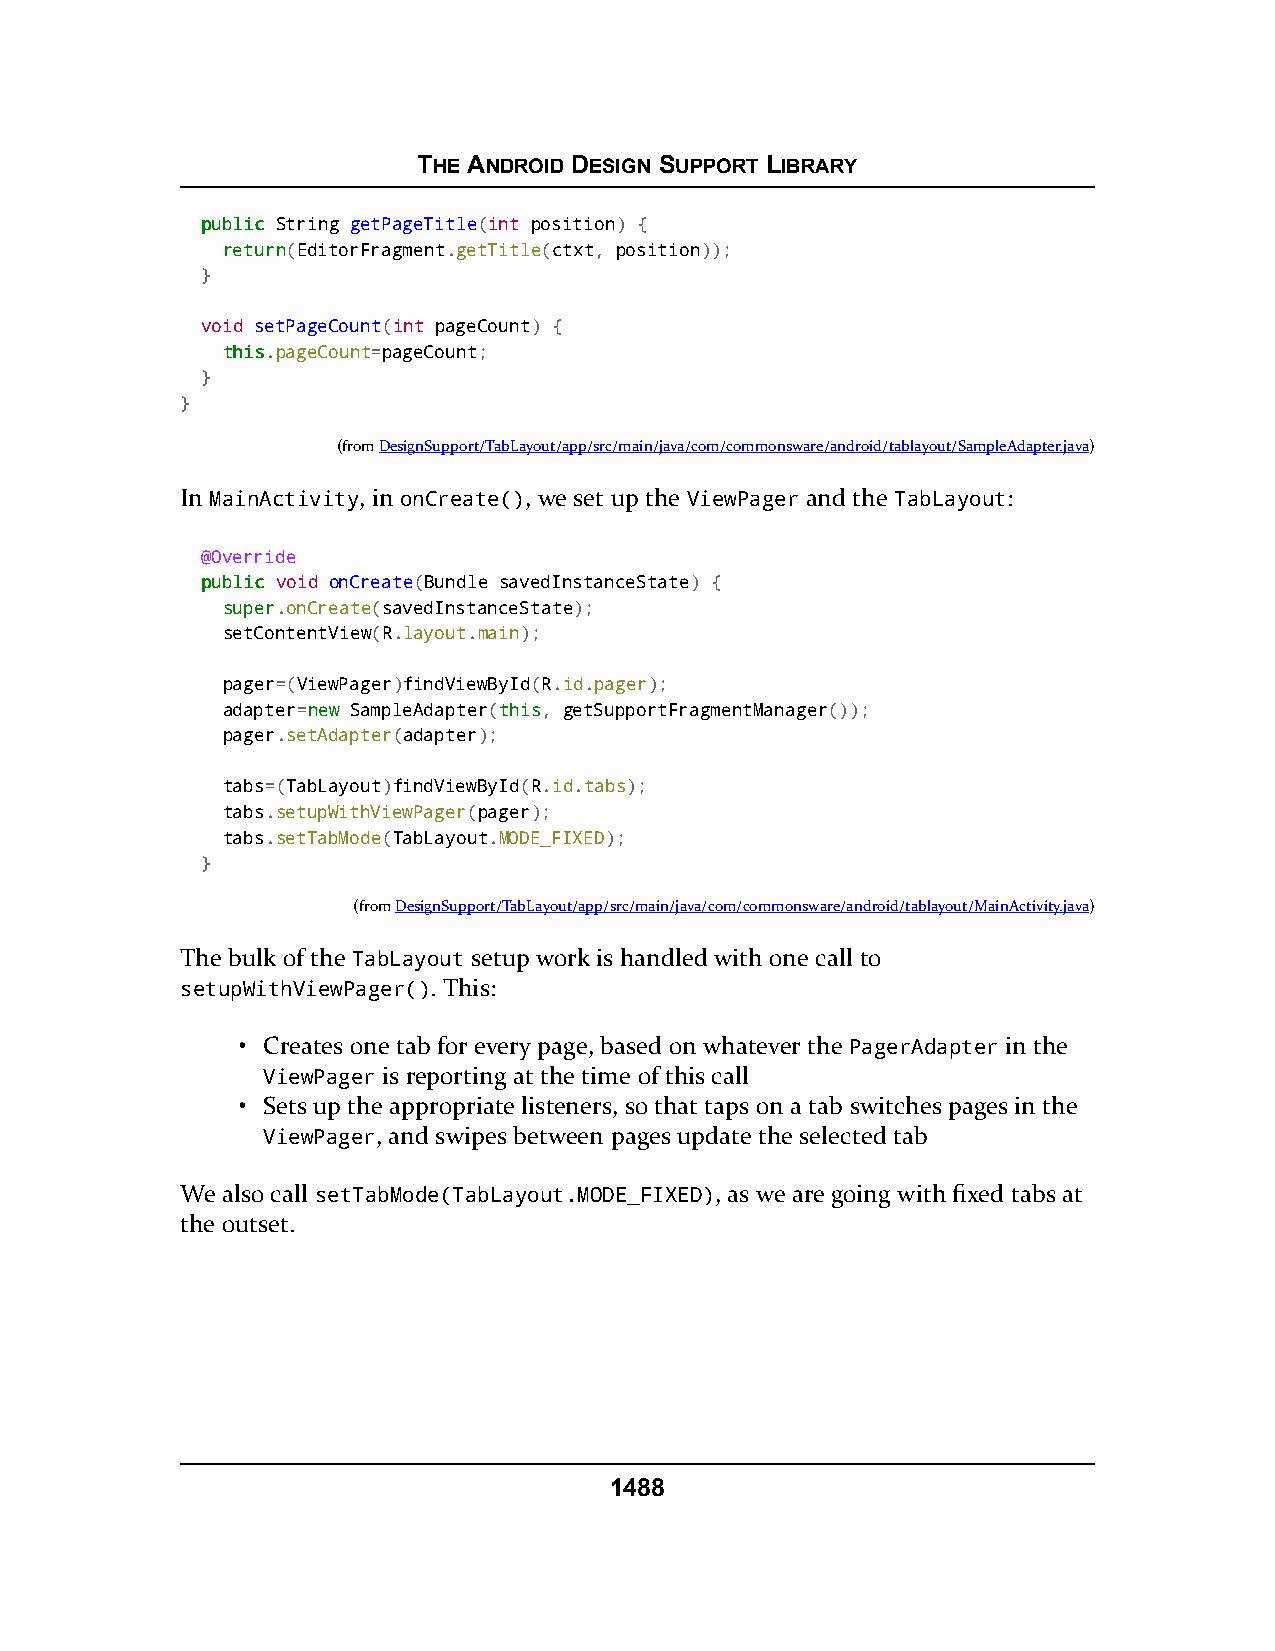
THE ANDROID DESIGN SUPPORT LIBRARY
 ppuubblliicc String getPageTitle(int position) {
 rreettuurrnn(EditorFragment.getTitle(ctxt, position));
 }
 void setPageCount(int pageCount) {
 tthhiiss.pageCount=pageCount;
 }
 }
 (fromDesignSupport/TabLayout/app/src/main/java/com/commonsware/android/tablayout/SampleAdapter.java)
 In MainActivity, in onCreate(), we set up the ViewPager and the TabLayout:
 @Override
 ppuubblliicc void onCreate(Bundle savedInstanceState) {
 ssuuppeerr.onCreate(savedInstanceState);
 setContentView(R.layout.main);
 pager=(ViewPager)findViewById(R.id.pager);
 adapter=nneeww SampleAdapter(tthhiiss, getSupportFragmentManager());
 pager.setAdapter(adapter);
 tabs=(TabLayout)findViewById(R.id.tabs);
 tabs.setupWithViewPager(pager);
 tabs.setTabMode(TabLayout.MODE_FIXED);
 }
 (fromDesignSupport/TabLayout/app/src/main/java/com/commonsware/android/tablayout/MainActivity.java)
 The bulk of the TabLayout setup work is handled with one call to
 setupWithViewPager(). This:
 • Creates one tab for every page, based on whatever the PagerAdapter in the
 ViewPager is reporting at the time of this call
 • Sets up the appropriate listeners, so that taps on a tab switches pages in the
 ViewPager, and swipes between pages update the selected tab
 We also call setTabMode(TabLayout.MODE_FIXED), as we are going with fixed tabs at
 the outset.
 1488